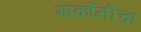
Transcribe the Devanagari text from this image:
मार्कोनीचा